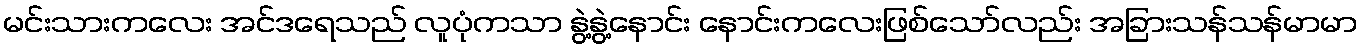
မင်းသားကလေး အင်ဒရေသည် လူပုံကသာ နွဲ့နွဲ့နောင်း နောင်းကလေးဖြစ်သော်လည်း အခြားသန်သန်မာမာ